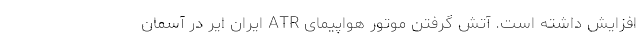
افزایش داشته است. آتش گرفتن موتور هواپیمای ATR ایران ایر در آسمان